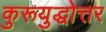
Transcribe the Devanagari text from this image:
कुरूयुद्धोत्तर